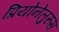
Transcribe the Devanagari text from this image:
प्रियोनेलुरुस